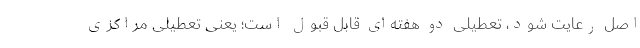
اصل رعایت شود، تعطیلی دو هفته‌ای قابل قبول است؛ یعنی تعطیلی مراکزی